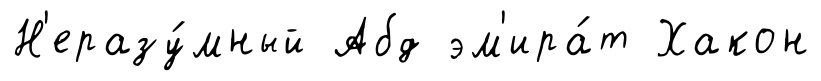
Н'еразу́мный Абд эм'ира́т Хакон